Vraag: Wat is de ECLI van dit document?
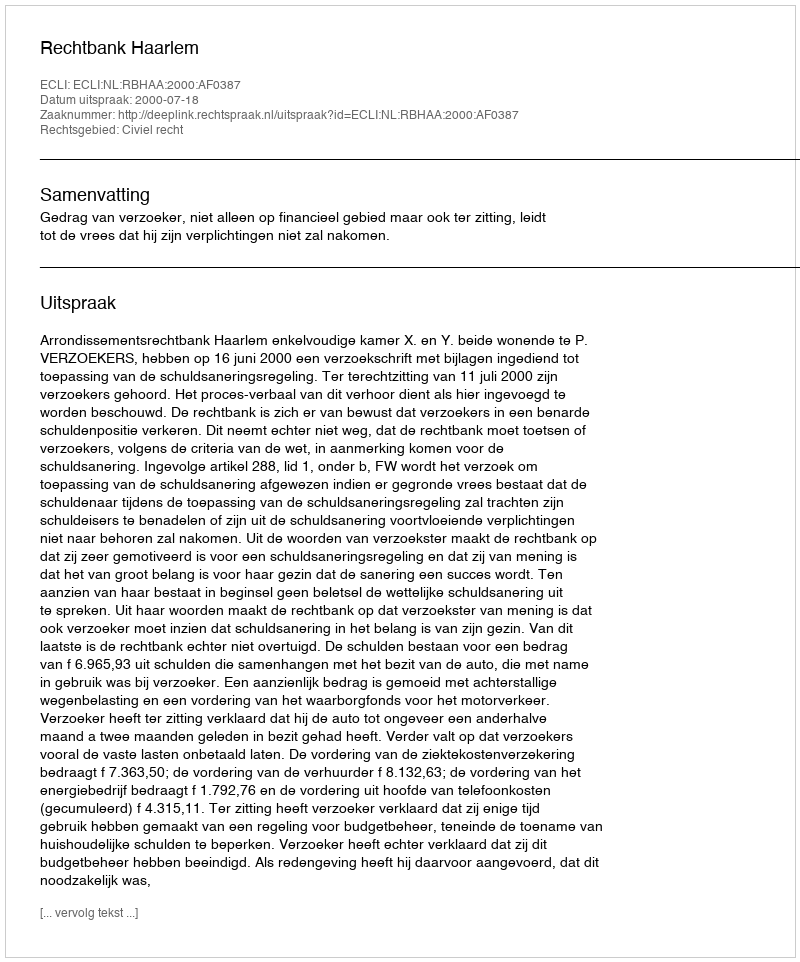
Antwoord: ECLI:NL:RBHAA:2000:AF0387